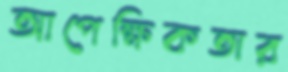
আপেক্ষিকতার